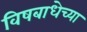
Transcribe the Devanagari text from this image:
विषबाधेच्या